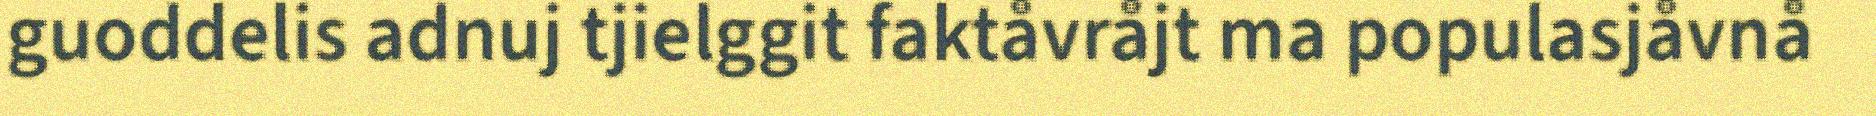
guoddelis adnuj tjielggit faktåvråjt ma populasjåvnå